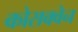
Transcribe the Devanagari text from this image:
कोराक्वेन